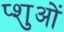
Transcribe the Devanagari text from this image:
प्शुओं